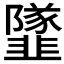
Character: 𩐌